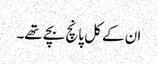
ان کے کل پانچ بچے تھے۔